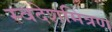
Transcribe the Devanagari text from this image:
स्वदेशमित्रण